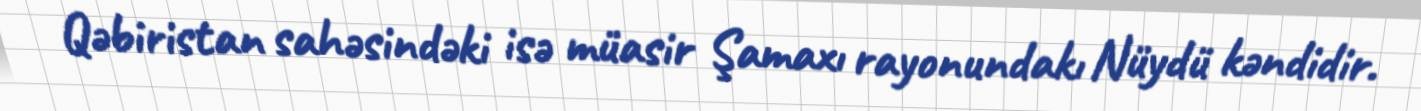
Qəbiristan sahəsindəki isə müasir Şamaxı rayonundakı Nüydü kəndidir.